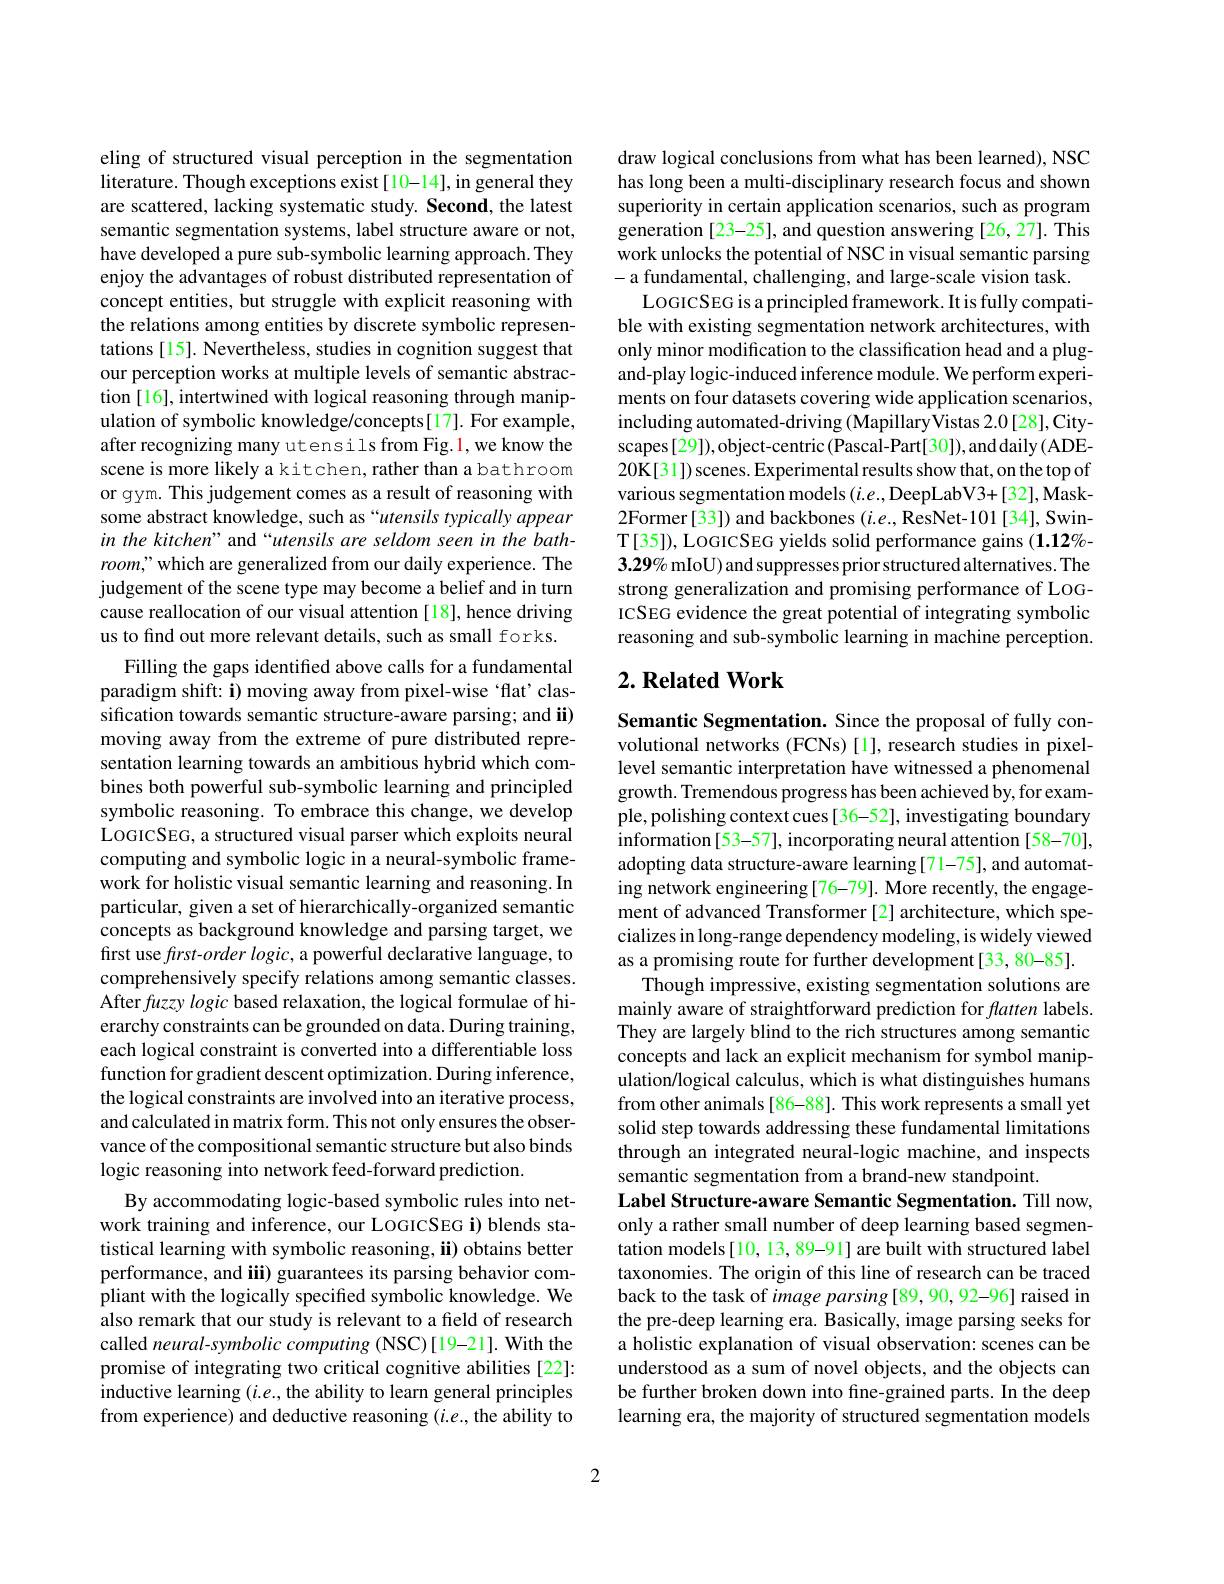
eling of structured visual perception in the segmentation literature. Though exceptions exist[10-14], in general they are scattered, lacking systematic study. Second, the latest semantic segmentation systems, label structure aware or not, have developed a pure sub-symbolic learning approach. They enjoy the advantages of robust distributed representation of concept entities, but struggle with explicit reasoning with the relations among entities by discrete symbolic representations [15]. Nevertheless, studies in cognition suggest that our perception works at multiple levels of semantic abstraction [16], intertwined with logical reasoning through manipulation of symbolic knowledge/concepts[17]. For example, after recognizing many utensils from Fig.1, we know the scene is more likely a kitchen, rather than a bathroom or gym. This judgement comes as a result of reasoning with some abstract knowledge, such as “utensils typically appear in the kitchen" and “utensils are seldom seen in the bath- $room,”which$ are generalized from our daily experience. The judgement of the scene type may become a belief and in turn cause reallocation of our visual attention [18], hence driving us to find out more relevant details, such as small forks.
Filling the gaps identified above calls for a fundamental paradigm shift: i) moving away from pixel-wise ‘flat’classification towards semantic structure-aware parsing; and ii) moving away from the extreme of pure distributed representation learning towards an ambitious hybrid which combines both powerful sub-symbolic learning and principled symbolic reasoning. To embrace this change, we develop LOGICSEG, a structured visual parser which exploits neural computing and symbolic logic in a neural-symbolic framework for holistic visual semantic learning and reasoning. In particular, given a set of hierarchically-organized semantic concepts as background knowledge and parsing target, we first use first-order logic, a powerful declarative language, to comprehensively specify relations among semantic classes. After fuzzy logic based relaxation, the logical formulae of hierarchy constraints can be grounded on data. During training, each logical constraint is converted into a differentiable loss function for gradient descent optimization. During inference, the logical constraints are involved into an iterative process, and calculated in matrix form. This not only ensures the observance of the compositional semantic structure but also binds logic reasoning into network feed-forward prediction.
By accommodating logic-based symbolic rules into network training and inference, our LOGICSEG i) blends statistical learning with symbolic reasoning, ii) obtains better performance, and iii) guarantees its parsing behavior compliant with the logically specified symbolic knowledge. We also remark that our study is relevant to a field of research called neural-symbolic computing (NSC)[19-21]. With the promise of integrating two critical cognitive abilities [22]: inductive learning $(i.e.$, the ability to learn general principles from experience) and deductive reasoning $(i.e.$,the ability to

draw logical conclusions from what has been learned), NSC has long been a multi-disciplinary research focus and shown superiority in certain application scenarios, such as program generation [23-25], and question answering [26,27]. This work unlocks the potential of NSC in visual semantic parsing -a fundamental, challenging, and large-scale vision task.
LOGICSEG is a principled framework. It is fully compatible with existing segmentation network architectures, with only minor modification to the classification head and a plugand-play logic-induced inference module. We perform experiments on four datasets covering wide application scenarios, including automated-driving (MapillaryVistas 2.0[28],Cityscapes[29]),object-centric(Pascal-Part[30]),anddaily(ADE- 20K[31])scenes. Experimental results show that, on the top of various segmentation models $(i.e.$,DeepLabV3+[32],Mask- 2Former[33]) and backbones (i.e., ResNet-101[34], SwinT[35]), LOGICSEG yields solid performance gains (1.12%- $3.29\%$ mIoU) and suppresses prior structured alternatives. The strong generalization and promising performance of LOGICSEG evidence the great potential of integrating symbolic reasoning and sub-symbolic learning in machine perception.

## $2. \textbf{Related Work}$

Semantic Segmentation. Since the proposal of fully convolutional networks (FCNs)[1], research studies in pixellevel semantic interpretation have witnessed a phenomenal growth. Tremendous progress has been achieved by, for example, polishing context cues[36-52], investigating boundary information[53-57], incorporating neural attention [58-70], adopting data structure-aware learning[71-75], and automating network engineering[76-79]. More recently, the engagement of advanced Transformer[2] architecture, which specializes in long-range dependency modeling, is widely viewed as a promising route for further development[33, 80-85].
Though impressive, existing segmentation solutions are mainly aware of straightforward prediction for flatten labels. They are largely blind to the rich structures among semantic concepts and lack an explicit mechanism for symbol manipulation/logical calculus, which is what distinguishes humans from other animals [86-88]. This work represents a small yet solid step towards addressing these fundamental limitations through an integrated neural-logic machine, and inspects semantic segmentation from a brand-new standpoint.
Label Structure-aware Semantic Segmentation. Till now, only a rather small number of deep learning based segmentation models[10, 13, 89-91] are built with structured label taxonomies. The origin of this line of research can be traced back to the task of image parsing [89, 90, 92-96] raised in the pre-deep learning era. Basically, image parsing seeks for a holistic explanation of visual observation: scenes can be understood as a sum of novel objects, and the objects can be further broken down into fine-grained parts. In the deep learning era, the majority of structured segmentation models

2